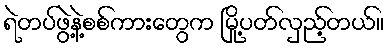
ရဲတပ်ဖွဲ့နဲ့စစ်ကားတွေက မြို့ပတ်လှည့်တယ်။